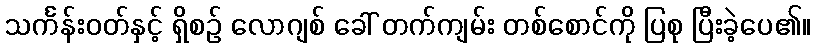
သင်္ကန်းဝတ်နှင့် ရှိစဉ် လောဂျစ် ခေါ် တက်ကျမ်း တစ်စောင်ကို ပြစု ပြီးခဲ့ပေ၏။